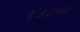
૧૩૮મા